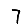
Digit: 7